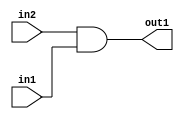
`timescale 1ps / 1ps
/*****************************************************************************
    Verilog RTL Description
    
    
    Created by: Stratus DpOpt 2019.1.01 
*******************************************************************************/

module cache_And_320Ux320U_320U_4_1 (
	in2,
	in1,
	out1
	); /* architecture "behavioural" */ 
input [319:0] in2,
	in1;
output [319:0] out1;
wire [319:0] asc001;

assign asc001 = 
	(in2)
	&(in1);

assign out1 = asc001;
endmodule

/* CADENCE  urn3TwA= : u9/ySgnWtBlWxVPRXgAZ4Og= ** DO NOT EDIT THIS LINE ******/